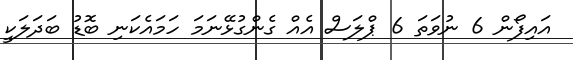
އައިފޯން 6 ނުވަތަ 6 ޕްލަސް އެއް ގެންގުޅޭނަމަ ހަމައެކަނި ބޮޑު ބަދަލަކީ